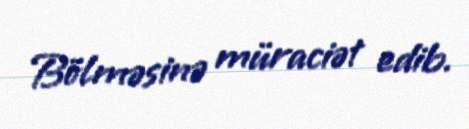
Bölməsinə müraciət edib.